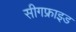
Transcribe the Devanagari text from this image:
सीगफ्राइड